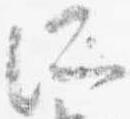
所